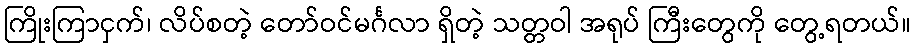
ကြိုးကြာငှက်၊ လိပ်စတဲ့ တော်ဝင်မင်္ဂလာ ရှိတဲ့ သတ္တဝါ အရုပ် ကြီးတွေကို တွေ့ရတယ်။